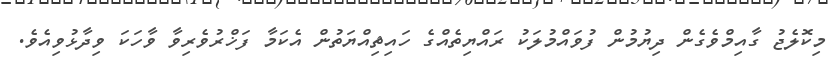
މިކޮލެޖު ގާއިމްވެގެން ދިޔުމުން ފުވައްމުލަކު ރައްޔިތެއްގެ ހައިޘިއްޔަތުން އެކަމާ ފަޚްރުވެރިވާ ވާހަކަ ވިދާޅުވިއެވެ.